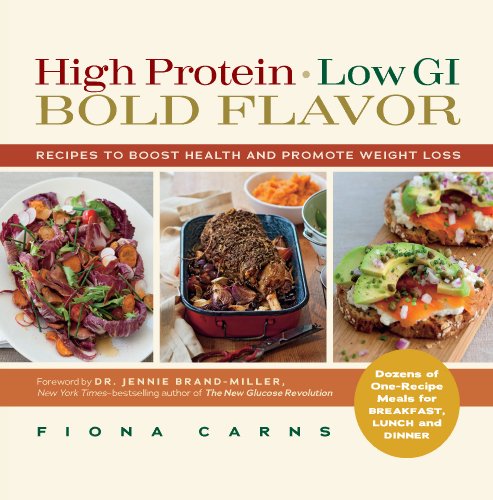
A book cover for High Protein, Low GI, Bold Flavor: Recipes to Boost Health and Promote Weight Loss; Fiona Carns; Cookbooks, Food & Wine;